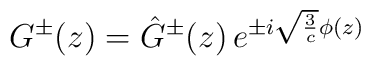
G^{\pm}(z) = \hat      G^{\pm}(z)\, e^{\pm i {\sqrt {{ 3 \over c}}} \phi(z) }